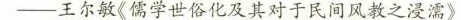
-王尔敏《儒学世俗化及其对于民间风教之浸濡》